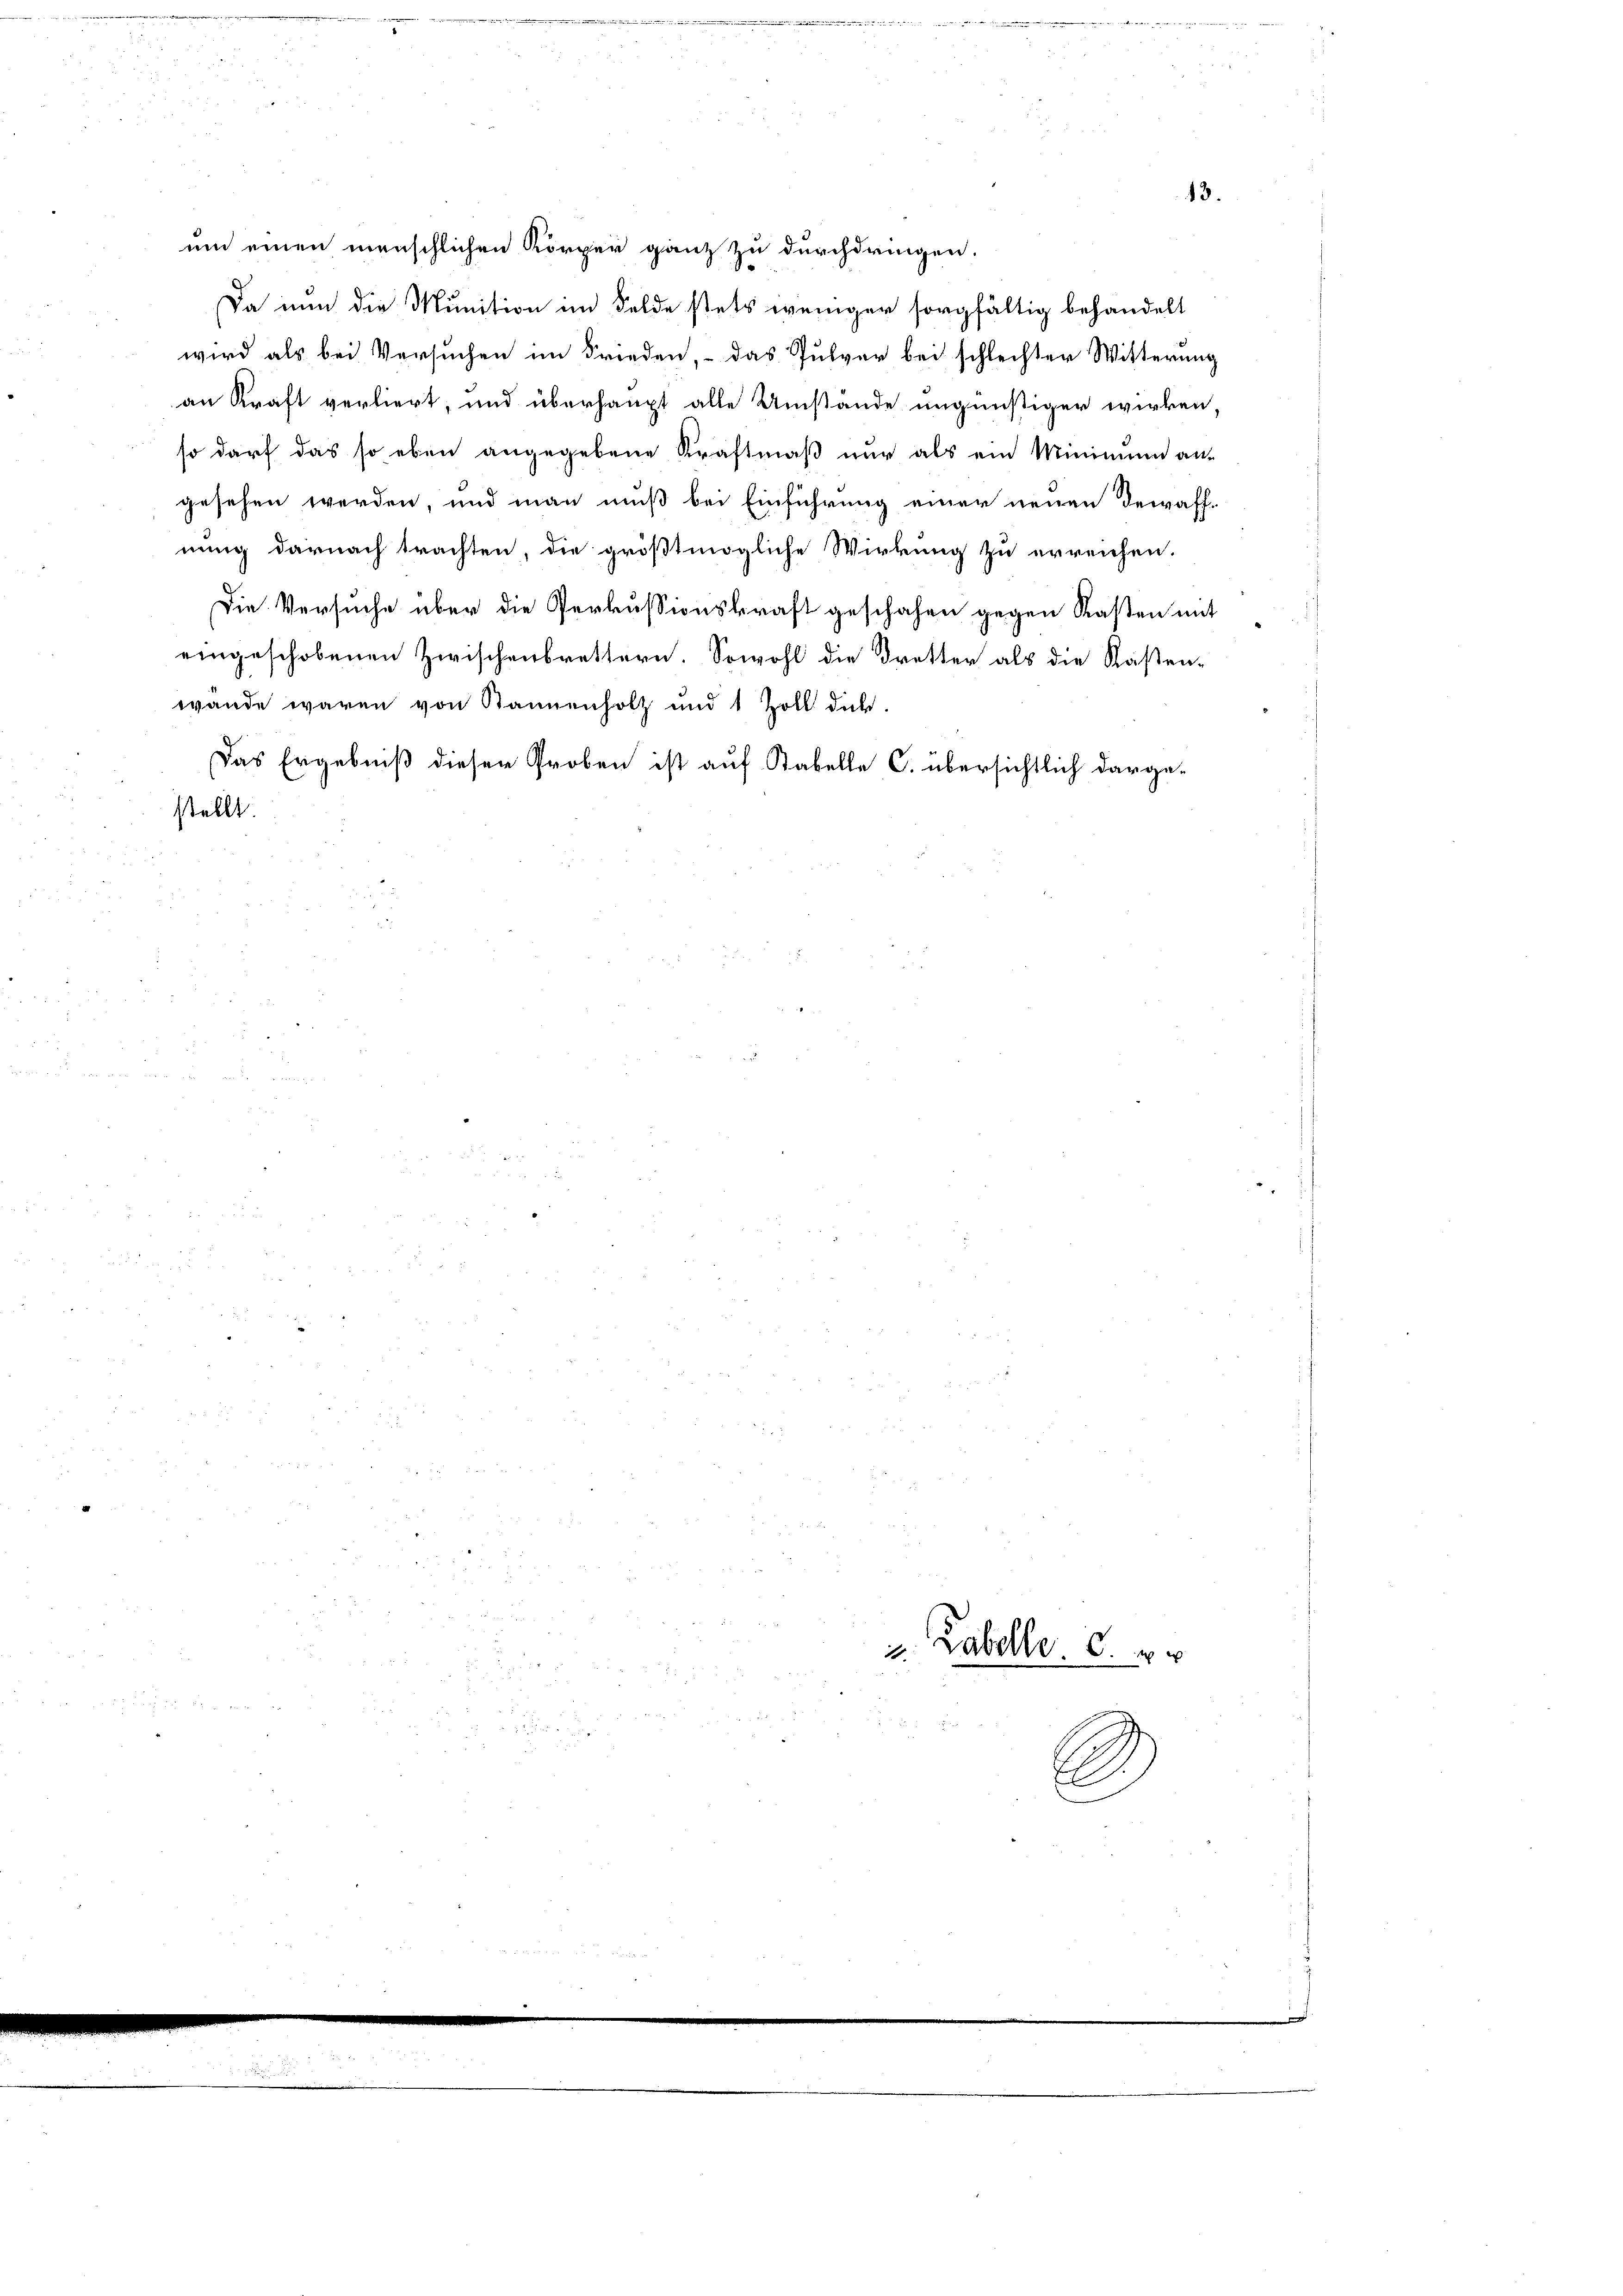
um einen menschlichen Körper ganz zu durchdringen.
Da nun die Munition im Felde stets weniger sorgfältig behandelt
wird als bei Versuchen im Frieden, – das Pulver bei schlechter Witterung
an Kraft verliert, und überhaupt alle Umstände ungünstiger wirken,
so darf das so eben angegebene Kraftmäß nur als ein Minimum an-
gesehen werden, und man muß bei Einführung einer neuen Bewaffnung darnach trachten, die größtmögliche Wirkung zu erreichen.
Die Versuche über die Perkussionskraft geschehen gegen Kasten mit
eingeschobenen Zwischenbrettern. Sowohl die Dretter als die Kasten-
wande waren von Bannenholz und 1 Zoll das
Das Ergebniß dieser Proben ist auf Stabelle C. übersichtlich darge-
stellt.

Labolle. 6.

2

13.